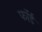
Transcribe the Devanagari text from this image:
फॉर्ड